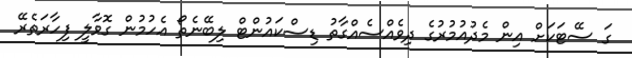
ގަ ސޭޓަކަށް އިން މެދުއުމުރުގެ ދިވެއްސެއްގާތު ޑިސްކައުންޓް ލިބޭނެތޯ އެހުމުން ގޮވާލީ ފިހާރަތެރޭ